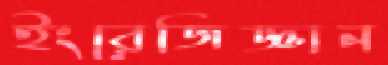
ইংরেজিজ্ঞান